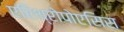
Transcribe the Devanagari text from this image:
एरिथ्रोपोएसिस